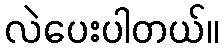
လဲပေးပါတယ်။